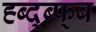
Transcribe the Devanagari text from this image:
ह्ब्द्ब्फ्ब